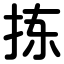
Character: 拣